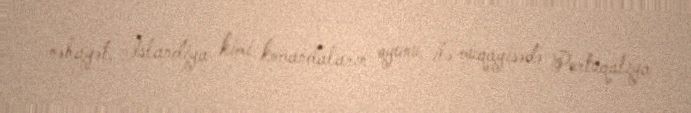
nəhayət, İslandiya kimi komandaların oyunu ilə müqayisədə Portuqaliya